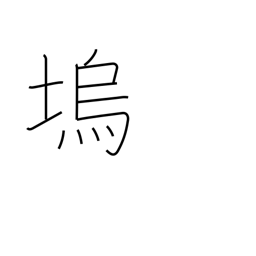
Meaning: fortress embankment